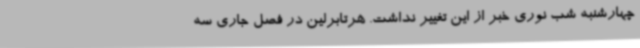
چهارشنبه شب نوری خبر از این تغییر نداشت. هرتابرلین در فصل جاری سه